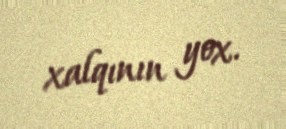
xalqının yox.